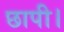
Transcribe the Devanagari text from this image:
छापी।